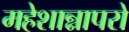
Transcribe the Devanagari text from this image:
महेशान्नापरो